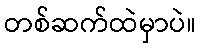
တစ်ဆက်ထဲမှာပဲ။